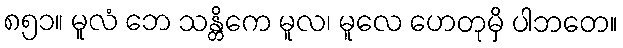
၈၅၁။ မူလံ ဘေ သန္တိကေ မူလ၊ မူလေ ဟေတုမှိ ပါဘတေ။